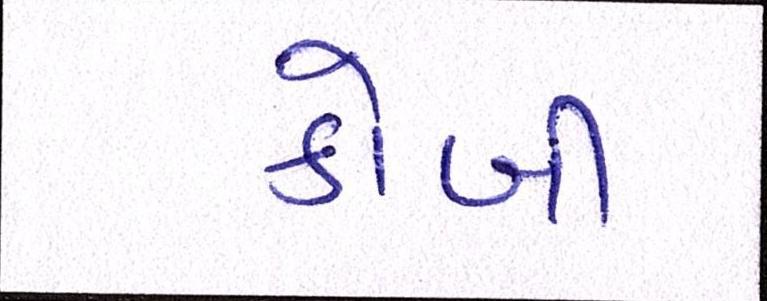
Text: કોબી